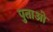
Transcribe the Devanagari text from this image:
पुताओ